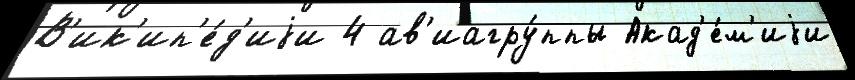
В'ик'ип'е́д'иjи 4 ав'иагру́ппы Акад'е́м'иjи